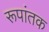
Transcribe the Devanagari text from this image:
रूपांतक